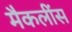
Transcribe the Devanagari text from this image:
मैकलींस